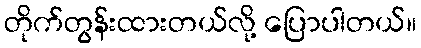
တိုက်တွန်းထားတယ်လို့ ပြောပါတယ်။